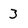
Character: 3